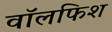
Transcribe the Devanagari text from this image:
वॉलफिश